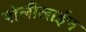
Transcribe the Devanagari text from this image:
पोलीलाईन